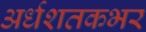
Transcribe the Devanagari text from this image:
अर्धशतकभर